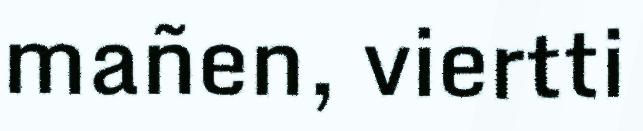
mañen, viertti